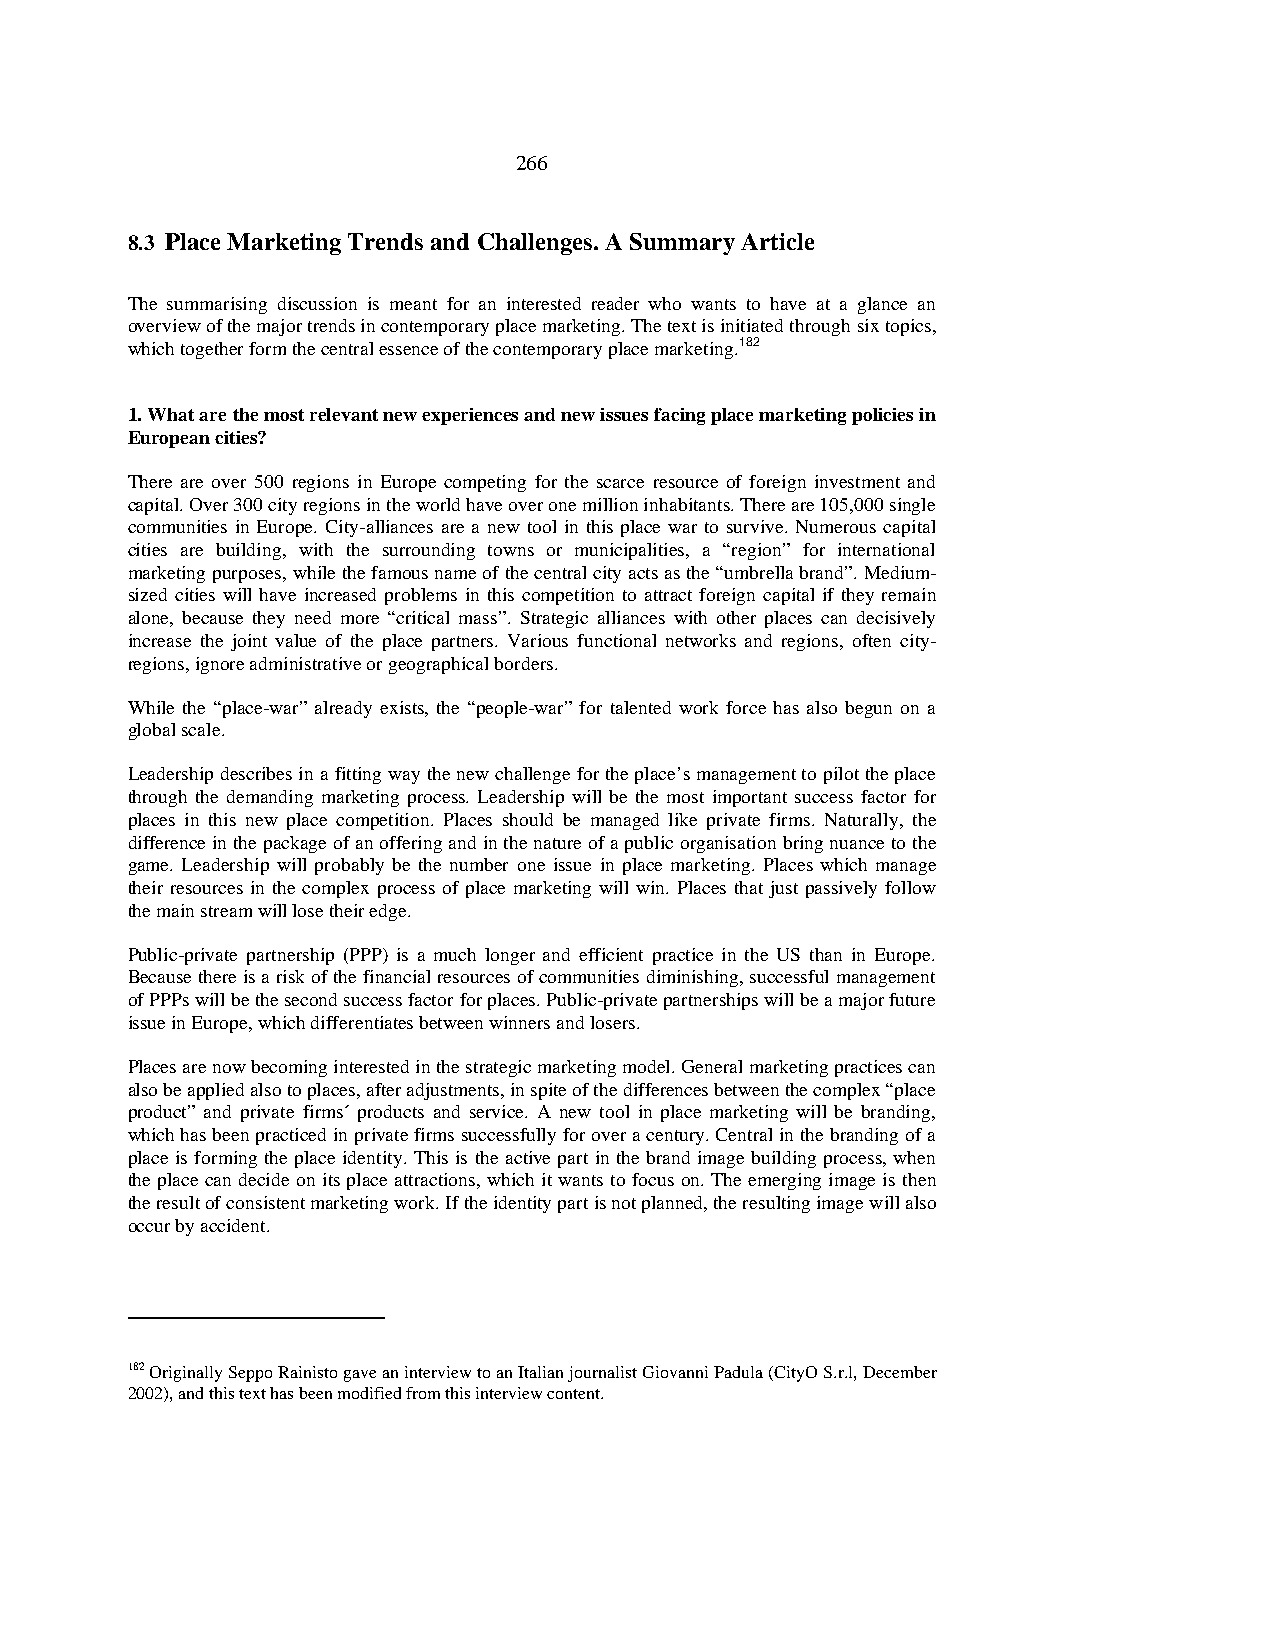
266
 8.3 Place Marketing Trends and Challenges. A Summary Article
 The summarising discussion is meant for an interested reader who wants to have at a glance an
 overview of the major trends in contemporary place marketing. The text is initiated through six topics,
 which together form the central essence of the contemporary place marketing.182
 1. What are the most relevant new experiences and new issues facing place marketing policies in
 European cities?
 There are over 500 regions in Europe competing for the scarce resource of foreign investment and
 capital. Over 300 city regions in the world have over one million inhabitants. There are 105,000 single
 communities in Europe. City-alliances are a new tool in this place war to survive. Numerous capital
 cities are building, with the surrounding towns or municipalities, a “region” for international
 marketing purposes, while the famous name of the central city acts as the “umbrella brand”. Medium-
 sized cities will have increased problems in this competition to attract foreign capital if they remain
 alone, because they need more “critical mass”. Strategic alliances with other places can decisively
 increase the joint value of the place partners. Various functional networks and regions, often city-
 regions, ignore administrative or geographical borders.
 While the “place-war” already exists, the “people-war” for talented work force has also begun on a
 global scale.
 Leadership describes in a fitting way the new challenge for the place’s management to pilot the place
 through the demanding marketing process. Leadership will be the most important success factor for
 places in this new place competition. Places should be managed like private firms. Naturally, the
 difference in the package of an offering and in the nature of a public organisation bring nuance to the
 game. Leadership will probably be the number one issue in place marketing. Places which manage
 their resources in the complex process of place marketing will win. Places that just passively follow
 the main stream will lose their edge.
 Public-private partnership (PPP) is a much longer and efficient practice in the US than in Europe.
 Because there is a risk of the financial resources of communities diminishing, successful management
 of PPPs will be the second success factor for places. Public-private partnerships will be a major future
 issue in Europe, which differentiates between winners and losers.
 Places are now becoming interested in the strategic marketing model. General marketing practices can
 also be applied also to places, after adjustments, in spite of the differences between the complex “place
 product” and private firms´ products and service. A new tool in place marketing will be branding,
 which has been practiced in private firms successfully for over a century. Central in the branding of a
 place is forming the place identity. This is the active part in the brand image building process, when
 the place can decide on its place attractions, which it wants to focus on. The emerging image is then
 the result of consistent marketing work. If the identity part is not planned, the resulting image will also
 occur by accident.
 182 Originally Seppo Rainisto gave an interview to an Italian journalist Giovanni Padula (CityO S.r.l, December
 2002), and this text has been modified from this interview content.